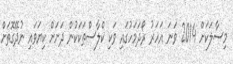
މިސާލަކަށް 2014 ވަނަ އަހަރު ރޯދަމަހުގައި ވަކި ކްލާސްތަކަކުން ދަށަށް ކިޔަވައި ނުދޭގޮތަށް